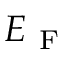
E _ { \mathrm { ~ F ~ } }